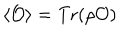
\langle { \cal O } \rangle = \mathrm { T r } ( \rho { \cal O } )